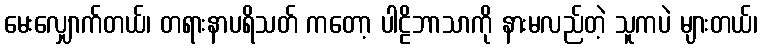
မေးလျှောက်တယ်၊ တရားနာပရိသတ် ကတော့ ပါဠိဘာသာကို နားမလည်တဲ့ သူကပဲ များတယ်၊